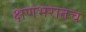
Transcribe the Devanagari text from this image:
क्षणभरातच